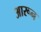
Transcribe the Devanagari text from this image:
आरून